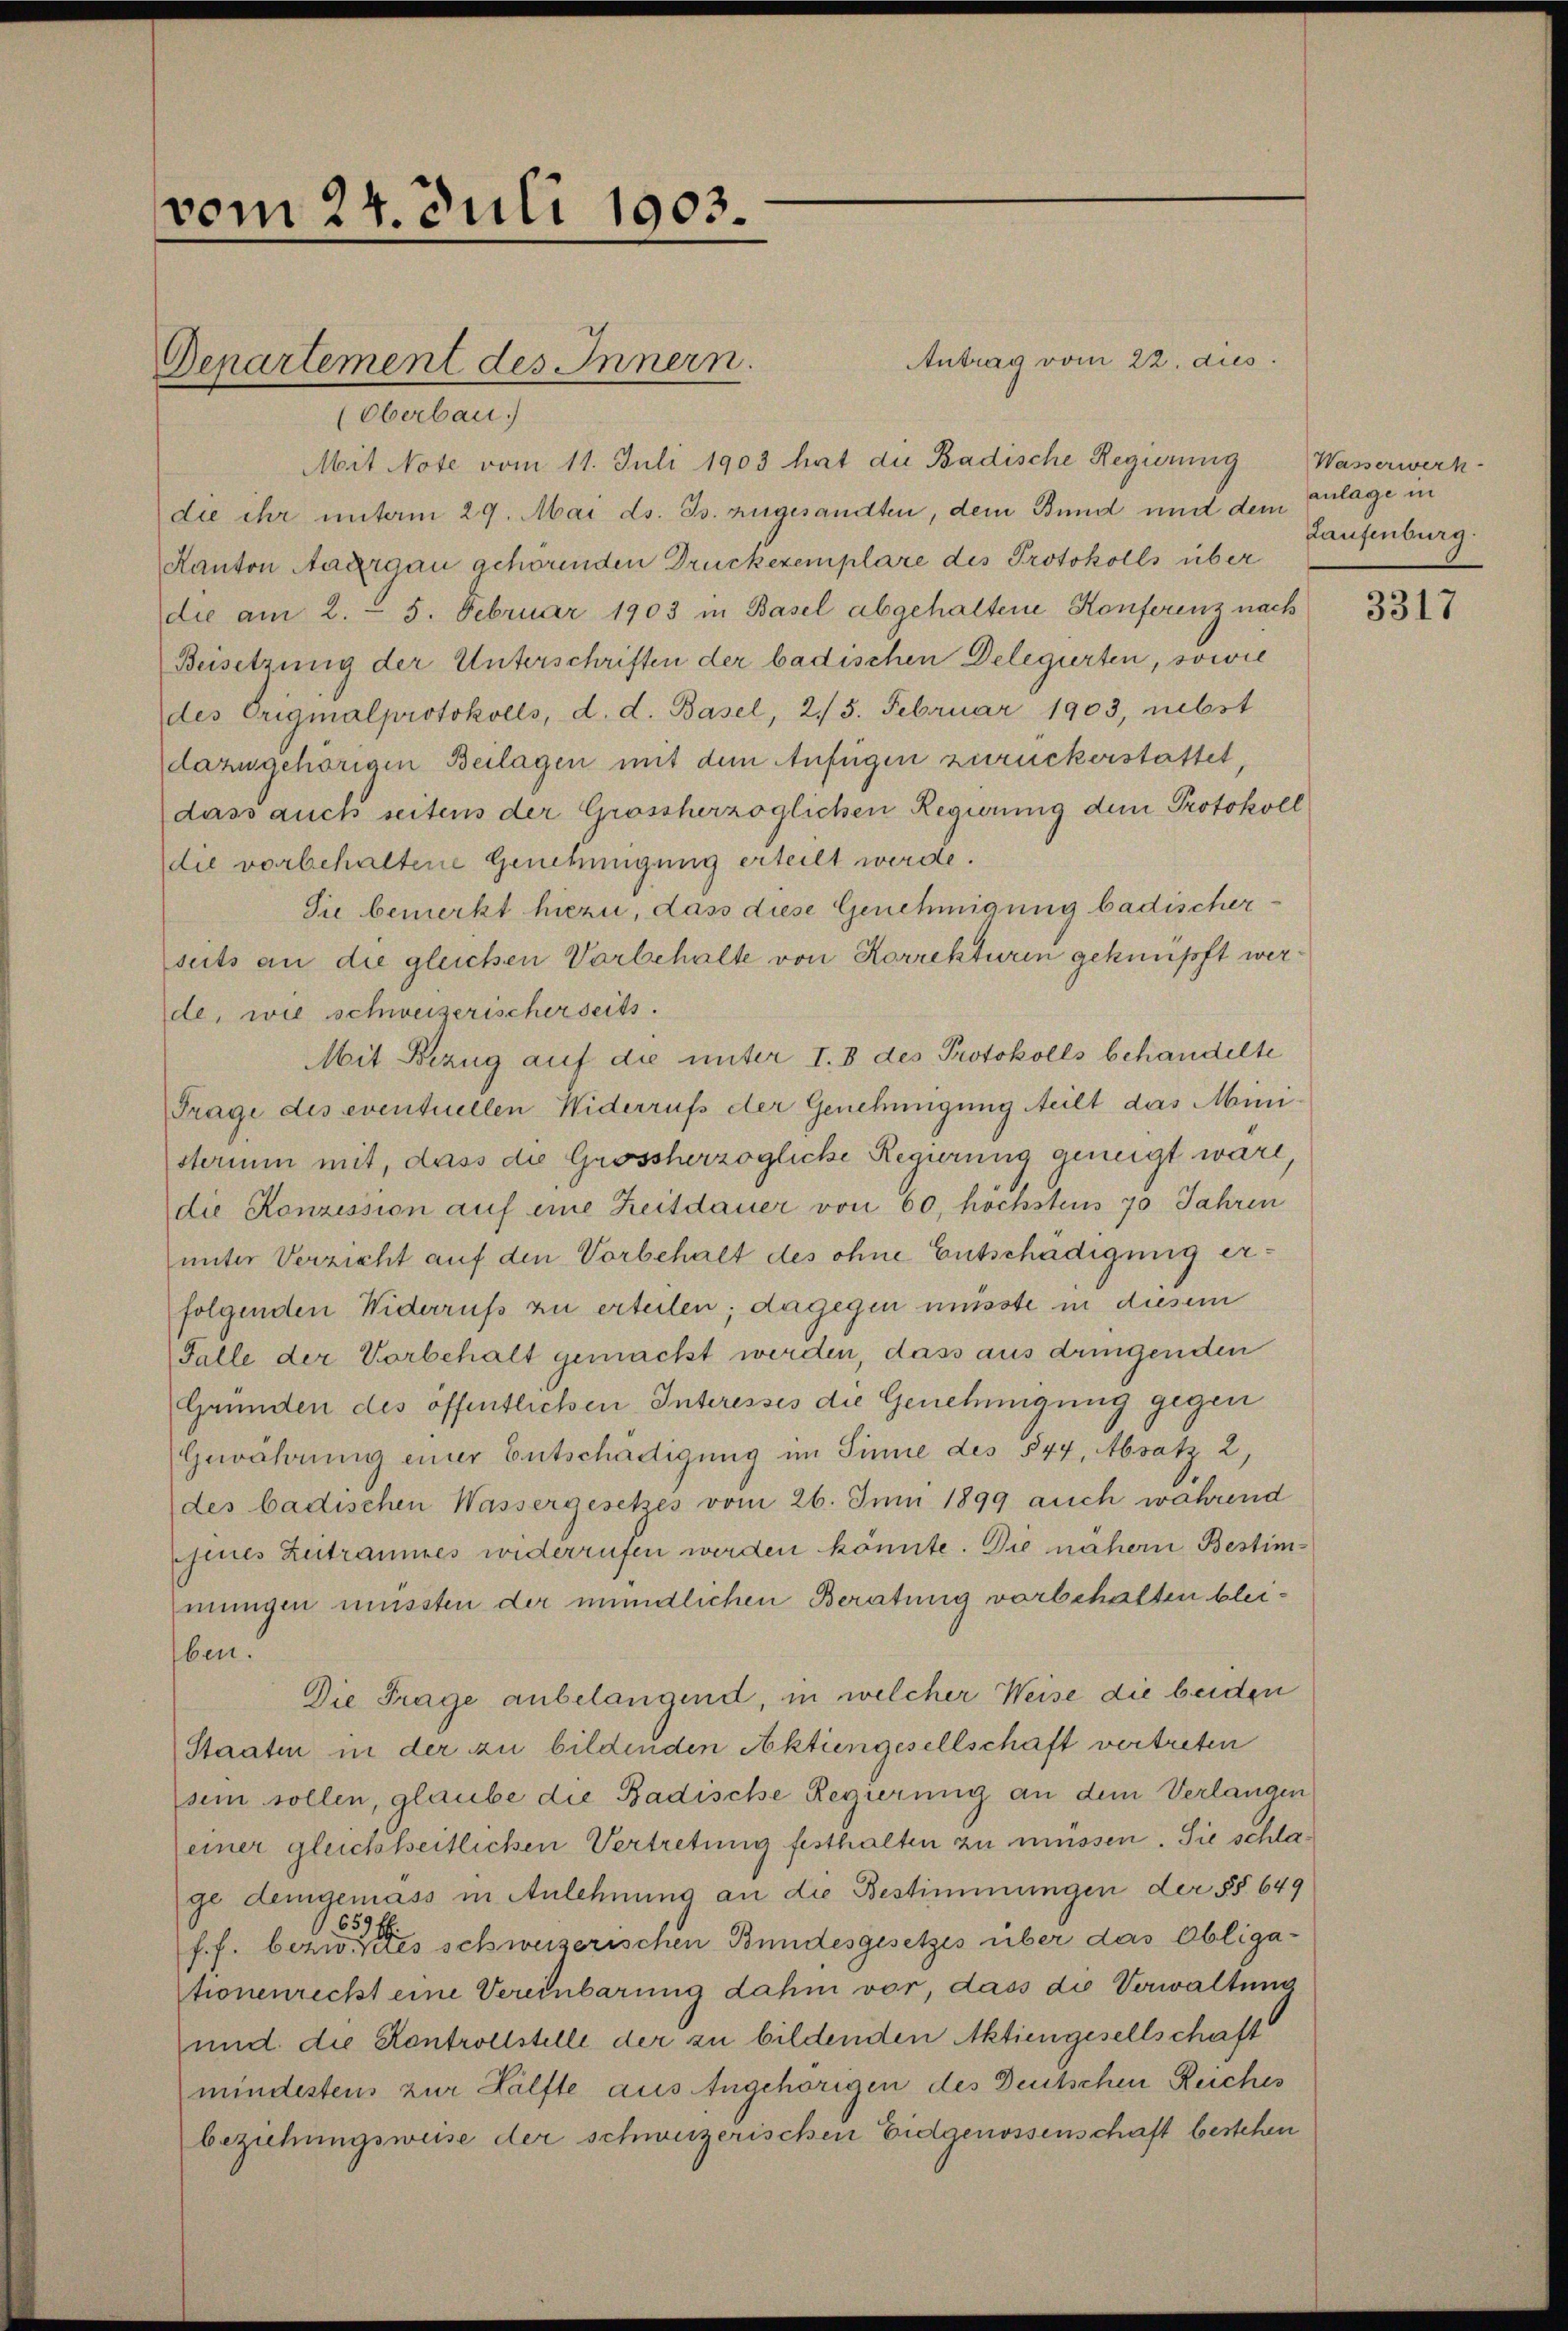
vom 24. Juli 1903.

Antrag vom 22. dies
Departement des Innern.
(Oberbau.)
Mit Note vom 11. Juli 1903 hat die Badische Regierung
die ihr unterm 29. Mai ds. Js. zugesandten, dem Bund und dem
Kanton Aargau gehörenden Druckexemplare des Protokolls über
die am 2. 5. Februar 1903 in Basel abgehaltene Konferenz nach
Beisetzung der Unterschriften der badischen Delegierten, sowie
des Originalprotokolls, d. d. Basel, 2/3. Februar 1903, nebst
dazugehörigen Beilagen mit dem Anfügen zurückerstattet,
dass auch seitens der Grossherzoglichen Regierung dem Protokoll
die vorbehaltene Genehmigung erteilt werde.
Sie bemerkt hiezu, dass diese Genehmigung badischerseits an die gleichen Vorbehalte von Korrekturen geknüpft werde, wie schweizerischerseits.
Mit Bezug auf die unter I. 8 des Protokolls behandelte
Frage des eventuellen Widerrufs der Genehmigung teilt das Ministerium mit, dass die Grossherzogliche Regierung geneigt ware
die Konzession auf eine Zeitdauer von 60, höchstens 70 Jahren
unter Verzicht auf den Vorbehalt des ohne Entschädigung erfolgenden Widerruß zu erteilen; dagegen müsste in diesem
Falle der Vorbehalt gemacht werden, dass aus dringenden
Gründen des öffentlichen Interesses die Genehmigung gegen
Gewahrung einer Entschädigung im Sinne des 544, Absatz 2,
des badischen Wassergesetzes vom 26. Juni 1899 auch während
jenes Zutraumes widerrufen werden könnte. Die nähern Bestimmungen müssten der mündlichen Beratung vorbehalten bleiben.
Die Frage anbelangend, in welcher Weise die beiden
Staaten in der zu bildenden Aktiengesellschaft vertreten
sein sollen, glaube die Badische Regierung an dem Verlangen
(einer gleichkeitlichen Vertretung festhalten zu müssen. Sie schlage demgemäss in Anlehnung an die Bestimmungen der §§ 649
1659 f
f. f. bezw. es schweizerischen Bundesgesetzes über das Obligationenrecht eine Vereinbarung dahin vor, dass die Verwaltung
und die Kontrollstelle der zu bildenden Aktiengesellschaft
mindestens zur Hälfte aus Angehörigen des Deutschen Reiches
beziehungsweise der schweizerischen Eidgenossenschaft bestehen

Wasserwerk
anlage in
Laufenburg.

3317